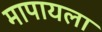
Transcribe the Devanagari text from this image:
मापायला